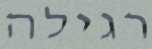
רגילה